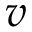
v